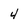
Character: 4